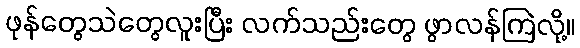
ဖုန်တွေသဲတွေလူးပြီး လက်သည်းတွေ ဖွာလန်ကြဲလို့။